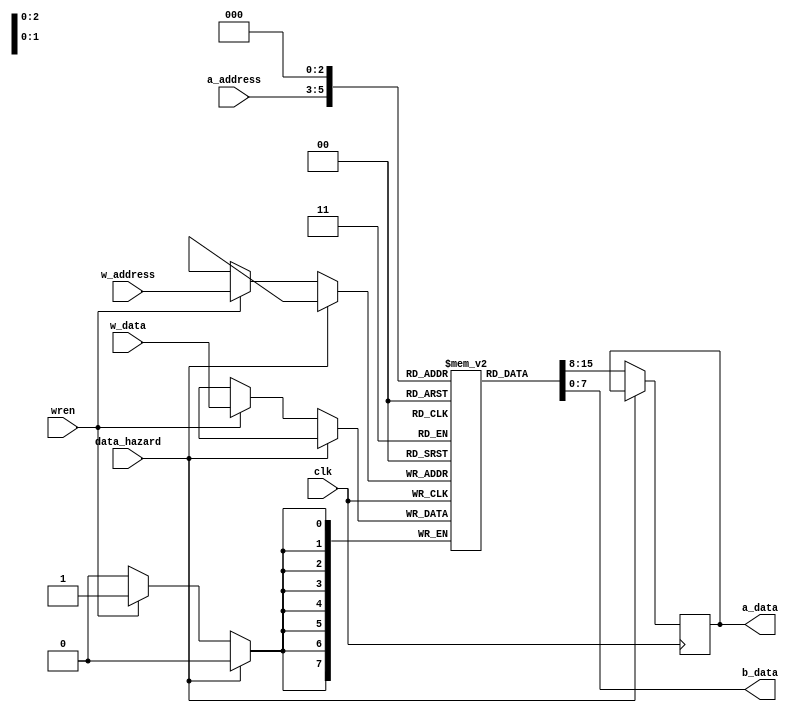
module reg_file(input wire clk, data_hazard, wren, input wire[2:0] a_address, w_address, input wire[7:0] w_data, output wire[7:0] a_data, b_data);
reg[7:0] a_reg;
(* ramstyle = "logic" *) reg[7:0] rfile[7:0];
always @(posedge clk)
begin
	if(~data_hazard)
	begin
		if(wren)
			rfile[w_address] <= w_data;
		a_reg <= rfile[a_address];
	end
end
assign a_data = a_reg;
assign b_data = rfile[0];
endmodule

module call_stack(input wire rst, clk, push, pop, input wire[15:0] data_in, output wire[15:0] data_out);
reg[2:0] address;
reg[15:0] input_buf;
reg[15:0] output_buf;
reg prev_push;
(* ramstyle = "logic" *) reg[15:0] stack_mem[7:0];

always @(posedge clk)
begin
	input_buf <= data_in;
	prev_push <= push;
	output_buf <= stack_mem[address];
	if(prev_push)
		stack_mem[address] <= input_buf;
	if(rst)
		address <= 3'b000;
	else if(push | pop)
		address <= address + {{2{pop}}, 1'b1};
end
assign data_out = output_buf;
endmodule